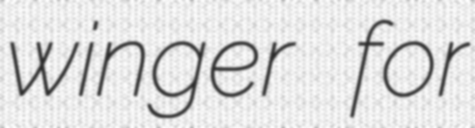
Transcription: winger for